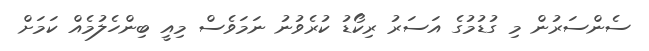
ސެންސަރުން މި ގުޑުމުގެ އަސަރު ރިކޯޑު ކުރެވުނު ނަމަވެސް މިއީ ބިންހެލުމެއް ކަމަށް